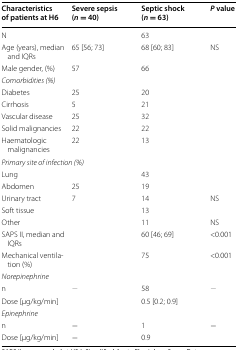
<table><thead><tr><td><b>Characteristics of patients at H6</b></td><td><b>Severe sepsis (<i>n</i> = 40)</b></td><td><b>Septic shock (<i>n</i> = 63)</b></td><td><b><i>P</i> value</b></td></tr></thead><tbody><tr><td>N</td><td>[EMPTY_CELL]</td><td>63</td><td>[EMPTY_CELL]</td></tr><tr><td>Age (years), median and IQRs</td><td>65 [56; 73]</td><td>68 [60; 83]</td><td>NS</td></tr><tr><td>Male gender, (%)</td><td>57</td><td>66</td><td>[EMPTY_CELL]</td></tr><tr><td colspan="4"><i>Comorbidities (%)</i></td></tr><tr><td>Diabetes</td><td>25</td><td>20</td><td>[EMPTY_CELL]</td></tr><tr><td>Cirrhosis</td><td>5</td><td>21</td><td>[EMPTY_CELL]</td></tr><tr><td>Vascular disease</td><td>25</td><td>32</td><td>[EMPTY_CELL]</td></tr><tr><td>Solid malignancies</td><td>22</td><td>22</td><td>[EMPTY_CELL]</td></tr><tr><td>Haematologic malignancies</td><td>22</td><td>13</td><td>[EMPTY_CELL]</td></tr><tr><td colspan="4"><i>Primary site of infection (%)</i></td></tr><tr><td>Lung</td><td>[EMPTY_CELL]</td><td>43</td><td>[EMPTY_CELL]</td></tr><tr><td>Abdomen</td><td>25</td><td>19</td><td>[EMPTY_CELL]</td></tr><tr><td>Urinary tract</td><td>7</td><td>14</td><td>NS</td></tr><tr><td>Soft tissue</td><td>[EMPTY_CELL]</td><td>13</td><td>[EMPTY_CELL]</td></tr><tr><td>Other</td><td>[EMPTY_CELL]</td><td>11</td><td>NS</td></tr><tr><td>SAPS II, median and IQRs</td><td>[EMPTY_CELL]</td><td>60 [46; 69]</td><td>&lt;0.001</td></tr><tr><td>Mechanical ventilation (%)</td><td>[EMPTY_CELL]</td><td>75</td><td>&lt;0.001</td></tr><tr><td colspan="4"><i>Norepinephrine</i></td></tr><tr><td>n</td><td>[EMPTY_CELL]</td><td>58</td><td>[EMPTY_CELL]</td></tr><tr><td>Dose [μg/kg/min]</td><td>[EMPTY_CELL]</td><td>0.5 [0.2; 0.9]</td><td>[EMPTY_CELL]</td></tr><tr><td colspan="4"><i>Epinephrine</i></td></tr><tr><td>n</td><td>−</td><td>1</td><td>−</td></tr><tr><td>Dose [μg/kg/min]</td><td>−</td><td>0.9</td><td>[EMPTY_CELL]</td></tr></tbody></table>